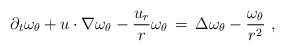
\begin{align*} \partial_t \omega_\theta + u\cdot\nabla\omega_\theta - \frac{u_r}{r}\omega_\theta \,=\, \Delta \omega_\theta - \frac{\omega_\theta}{r^2}~,\end{align*}